Senior Leaving Certificate Examination (including Day School Certificate (Higher) General paper), 1948
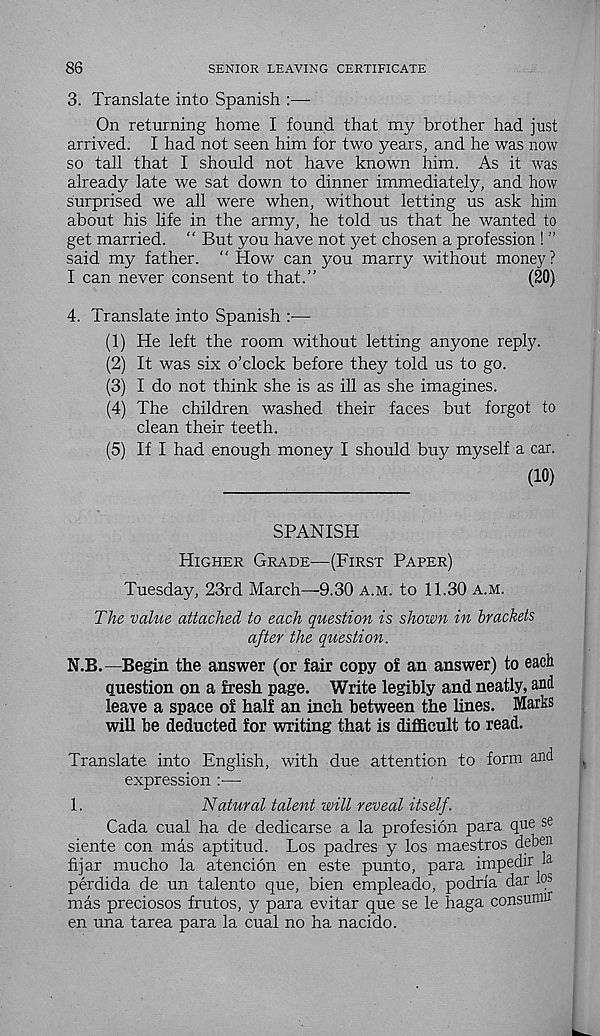
86
SENIOR LEAVING CERTIFICATE
3. Translate into Spanish :—
On returning home I found that my brother had just
arrived. I had not seen him for two years, and he was now
so tall that I should not have known him. As it was
already late we sat down to dinner immediately, and how
surprised we all were when, without letting us ask him
about his life in the army, he told us that he wanted to
get married. “ But you have not yet chosen a profession ! ”
said my father. “ How can you marry without money?
I can never consent to that.”
(20)
4. Translate into Spanish :—
(1) He left the room without letting anyone reply.
(2) It was six o’clock before they told us to go.
(3) I do not think she is as ill as she imagines.
(4) The children washed their faces but forgot to
clean their teeth.
(5) If I had enough money I should buy myself a car.
(10)
SPANISH
Higher Grade—(First Paper)
Tuesday, 23rd March—9.30 a.m. to 11.30 a.m.
The value attached to each question is shown in brackets
after the question.
N.B.—Begin the answer (or fair copy of an answer) to each
question on a fresh page. Write legibly and neatly, and
leave a space of half an inch between the lines. Marks
will be deducted for writing that is difficult to read.
Translate into English, with due attention to form and
expression :—
1.
Natural talent will reveal itself.
Cada cual ha de dedicarse a la profesion para que se
siente con mas aptitud. Los padres y los maestros deben
fijar mucho la atencion en este punto, para impedir b
perdida de un talento que, bien empleado, podria dar los
mas preciosos frutos, y para evitar que se le haga consunur
en una tarea para la cual no ha nacido.